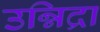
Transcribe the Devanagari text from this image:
उन्निद्रा